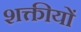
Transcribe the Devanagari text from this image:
शक्तीयों